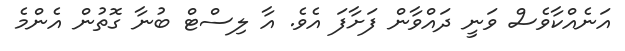
އަނެއްކާވެސް ވަނީ ދައްވާން ފަށާފަ އެވެ. އާ ލިސްޓް ބުނާ ގޮތުން އެންމެ